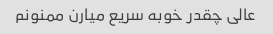
عالی چقدر خوبه سریع میارن ممنونم